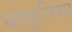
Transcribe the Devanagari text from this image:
याकूतिया